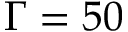
\Gamma = 5 0